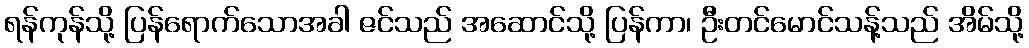
ရန်ကုန်သို့ ပြန်ရောက်သောအခါ ဇင်သည် အဆောင်သို့ ပြန်ကာ၊ ဦးတင်မောင်သန့်သည် အိမ်သို့